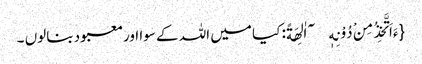
{ءَاَتَّخِذُ مِنْ دُوْنِهٖۤ اٰلِهَةً: کیا میں اللہ کے سوا اورمعبود بنالوں ۔